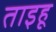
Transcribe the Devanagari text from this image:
ताइहू